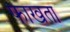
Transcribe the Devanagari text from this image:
फाखता